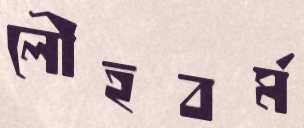
লৌহবর্ম